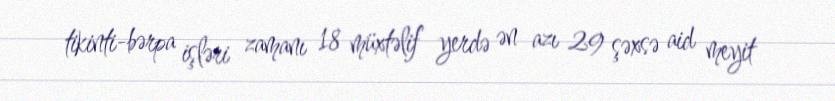
tikinti-bərpa işləri zamanı 18 müxtəlif yerdə ən azı 29 şəxsə aid meyit